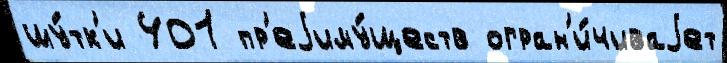
шу́тк'и 401 пр'еjиму́ществ огран'и́чиваjет